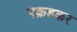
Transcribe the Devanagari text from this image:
पक़डकर